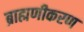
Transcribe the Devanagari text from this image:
ब्राह्मणीकरण